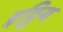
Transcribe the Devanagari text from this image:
इठ्ठिय